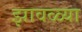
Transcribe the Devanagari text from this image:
झावळ्या